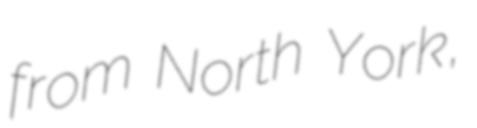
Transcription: from North York,